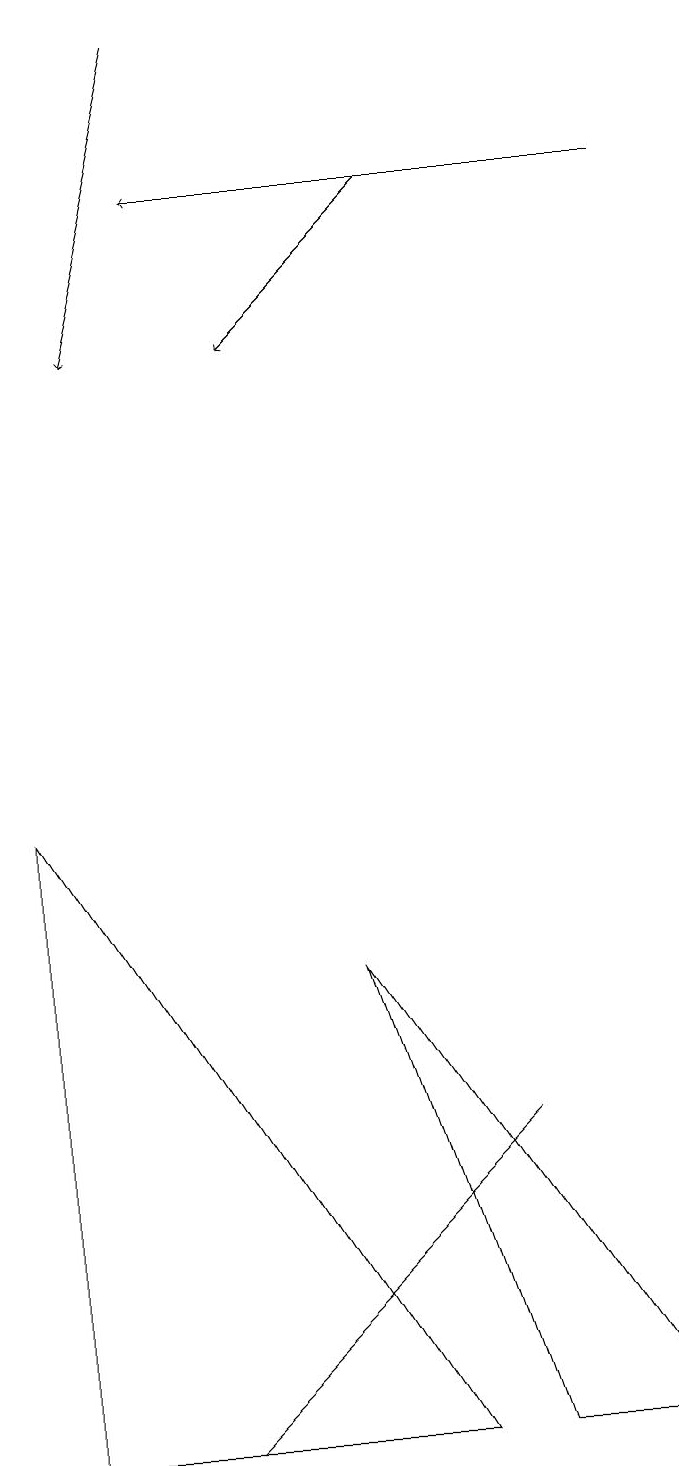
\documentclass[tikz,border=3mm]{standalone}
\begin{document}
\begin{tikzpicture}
\draw[->] (2,19) -- (1,15);
\draw[->] (5,17) -- (3,15);
\draw (6,1) -- (8,1) -- (4,7) -- cycle;
\draw (2,1) -- (6,5) -- (5,4) -- cycle;
\draw[->] (8,17) -- (2,17);
\draw (5,1) -- (0,9) -- (0,1) -- cycle;
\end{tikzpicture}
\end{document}